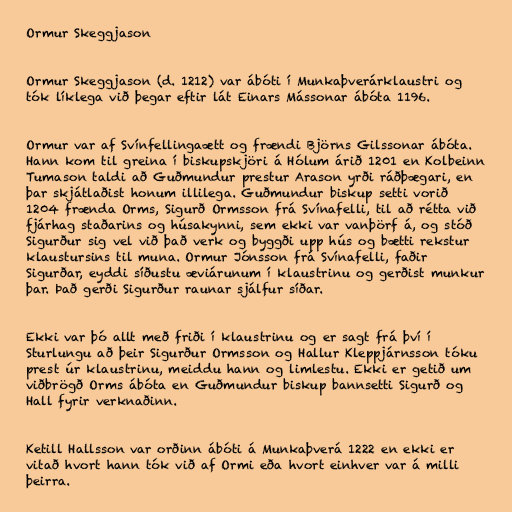
Ormur Skeggjason

Ormur Skeggjason (d. 1212) var ábóti í Munkaþverárklaustri og
tók líklega við þegar eftir lát Einars Mássonar ábóta 1196.

Ormur var af Svínfellingaætt og frændi Björns Gilssonar ábóta.
Hann kom til greina í biskupskjöri á Hólum árið 1201 en Kolbeinn
Tumason taldi að Guðmundur prestur Arason yrði ráðþægari, en
þar skjátlaðist honum illilega. Guðmundur biskup setti vorið
1204 frænda Orms, Sigurð Ormsson frá Svínafelli, til að rétta við
fjárhag staðarins og húsakynni, sem ekki var vanþörf á, og stóð
Sigurður sig vel við það verk og byggði upp hús og bætti rekstur
klaustursins til muna. Ormur Jónsson frá Svínafelli, faðir
Sigurðar, eyddi síðustu æviárunum í klaustrinu og gerðist munkur
þar. Það gerði Sigurður raunar sjálfur síðar.

Ekki var þó allt með friði í klaustrinu og er sagt frá því í
Sturlungu að þeir Sigurður Ormsson og Hallur Kleppjárnsson tóku
prest úr klaustrinu, meiddu hann og limlestu. Ekki er getið um
viðbrögð Orms ábóta en Guðmundur biskup bannsetti Sigurð og
Hall fyrir verknaðinn.

Ketill Hallsson var orðinn ábóti á Munkaþverá 1222 en ekki er
vitað hvort hann tók við af Ormi eða hvort einhver var á milli
þeirra.